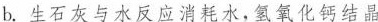
b.生石灰与水反应消耗水，氢氧化钙结晶